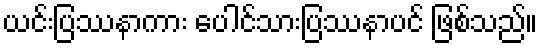
ယင်းပြဿနာကား ပေါင်သားပြဿနာပင် ဖြစ်သည်။